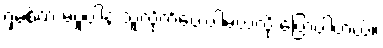
ရှမစ်က မပူပါနဲ့ သူလိုက်ပေးပါ့မယ်လို့ ပြောပါတယ်။